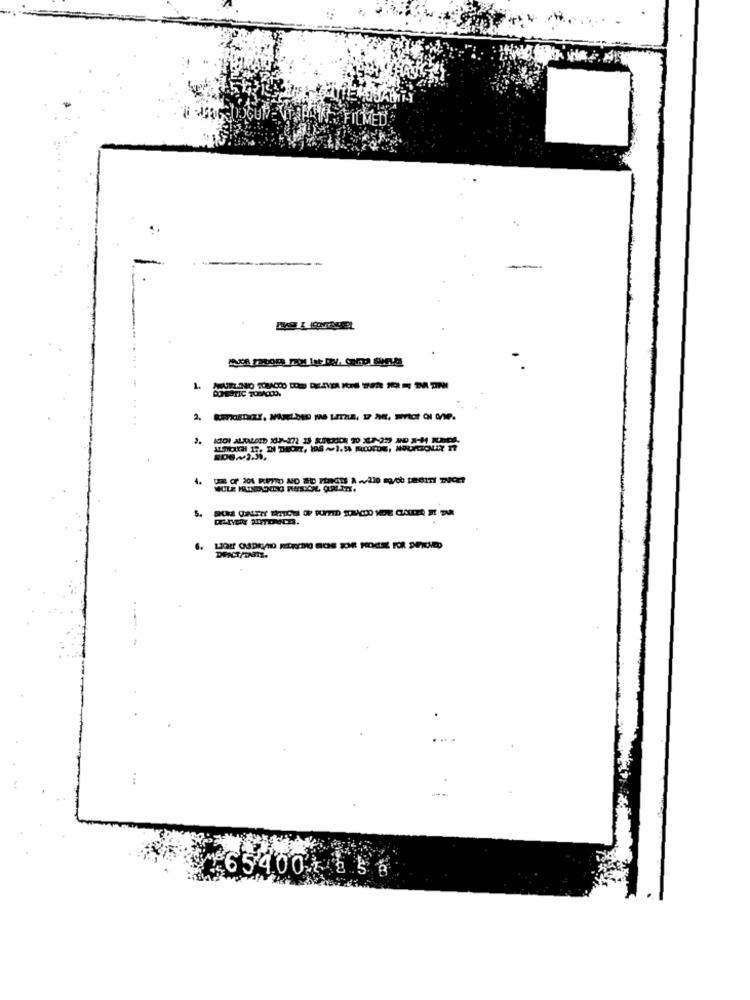
FILMED
DOMESTIC TOBACCO.
4.
654.00 * 2 5 8